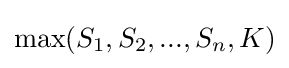
\max(S_{1},S_{2},...,S_{n},K)